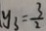
y _ { 3 } = \frac { 3 } { 2 }